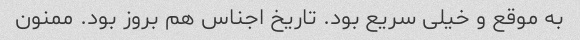
به موقع و خیلی سریع بود. تاریخ اجناس هم بروز بود. ممنون